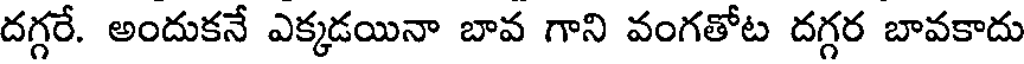
దగ్గరే. అందుకనే ఎక్కడయినా బావ గాని వంగతోట దగ్గర బావకాదు